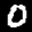
Label: 0